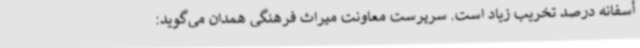
أسفانه درصد تخریب زیاد است. سرپرست معاونت میراث فرهنگی همدان می‌گوید: